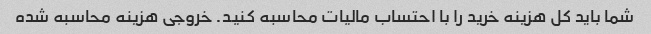
شما باید کل هزینه خرید را با احتساب مالیات محاسبه کنید. خروجی هزینه محاسبه شده